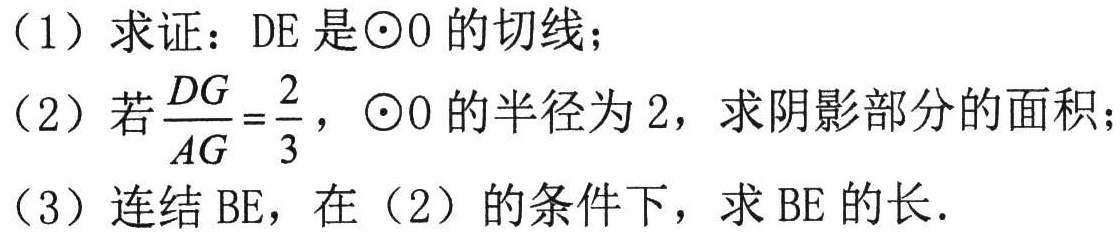
（1）求证：\(DE\)是\(\odot O\)的切线；
（2）若\(\frac{DG}{AG}=\frac{2}{3}\)，\(\odot O\)的半径为\(2\)，求阴影部分的面积；
（3）连结\(BE\)，在（2）的条件下，求\(BE\)的长.